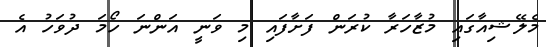
މެލޭޝިއާގައި މުޒާހަރާ ކުރަން ފަށާފައި މި ވަނީ އަންނަ ހޯމަ ދުވަހު އެ